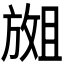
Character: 𫿇